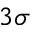
3 \sigma